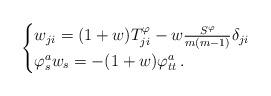
LaTeX: \begin{align*}\begin{cases}w_{ji} = (1+w) T^\varphi_{ji} - w \frac{S^\varphi}{m(m-1)} \delta_{ji} \\\varphi^a_s w_s = - (1+w) \varphi^a_{tt} \, .\end{cases}\end{align*}